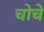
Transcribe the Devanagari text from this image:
चोचे